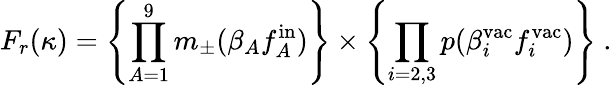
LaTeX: F_{r}(\kappa)=\left\{ \prod_{A=1}^{9}m_{\pm}(\beta_{A}f_{A}^{\mathrm{in}})\right\} \times\left\{ \prod_{i=2,3}p(\beta_{i}^{\mathrm{vac}}f_{i}^{\mathrm{vac}})\right\} \ .